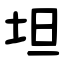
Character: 坦